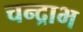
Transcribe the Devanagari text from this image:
चन्द्राभ